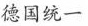
德国统一